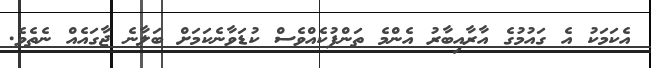
އެކަމަކު އެ ގައުމުގެ އާރާއިބާރު އެންމެ ތަންފުކެއްވެސް ކުޑަވާނެކަމަށް ބަލާނެ ޖާގައެއް ނެތެވެ.